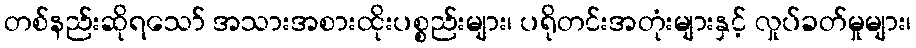
တစ်နည်းဆိုရသော် အသားအစားထိုးပစ္စည်းများ၊ ပရိုတင်းအတုံးများနှင့် လှုပ်ခတ်မှုများ၊